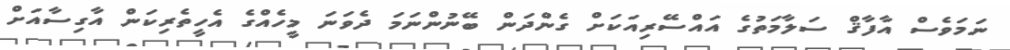
ނަމަވެސް އާފާޤް ސަލާމަތުގެ އައްސޭރިއަކަށް ގެންދަން ބޭނުންނަމަ ދެވަނަ މީހެއްގެ އެހީތެރިކަން އާގިސާއަށް